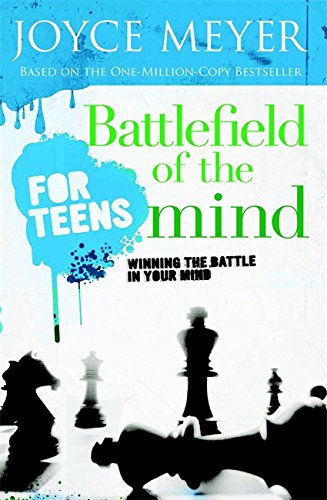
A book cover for Battlefield of the Mind for Teens: Winning the Battle in Your Mind; Joyce Meyer; Christian Books & Bibles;